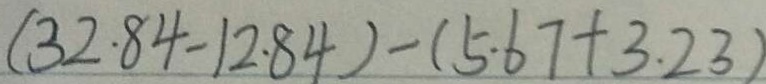
( 3 2 . 8 4 - 1 2 . 8 4 ) - ( 5 . 6 7 + 3 . 2 3 )